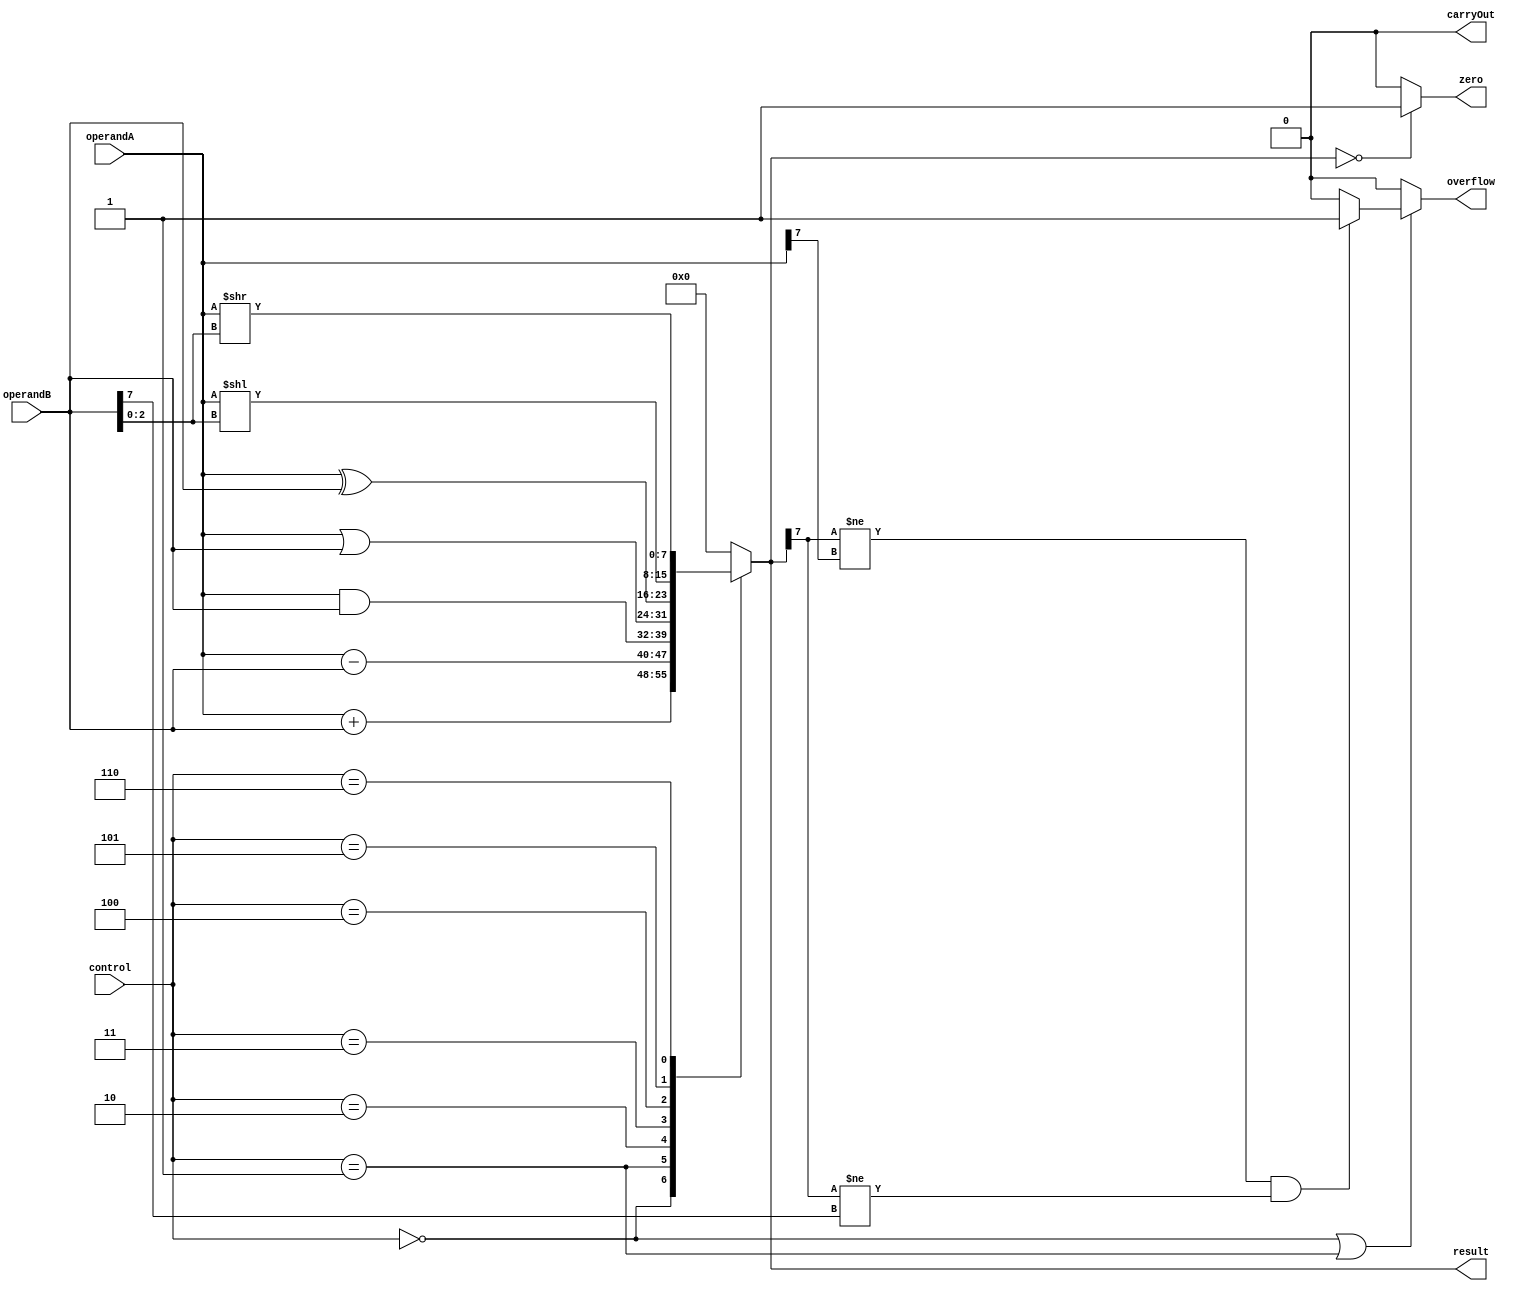
module ALU (
    input [7:0] operandA,
    input [7:0] operandB,
    input [2:0] control,
    output reg [7:0] result,
    output reg zero,
    output reg carryOut,
    output reg overflow
);

always @ (operandA or operandB or control) begin
    case (control)
        3'b000: result = operandA + operandB; // Addition
        3'b001: result = operandA - operandB; // Subtraction
        3'b010: result = operandA & operandB; // Bitwise AND
        3'b011: result = operandA | operandB; // Bitwise OR
        3'b100: result = operandA ^ operandB; // Bitwise XOR
        3'b101: result = operandA << operandB[2:0]; // Left shift
        3'b110: result = operandA >> operandB[2:0]; // Right shift
        default: result = 8'b0;
    endcase
    
    zero = (result == 8'b0) ? 1'b1 : 1'b0;
    
    if(control == 3'b000 || control == 3'b001) begin // Check for overflow and carry out for arithmetic operations
        if(result[7] != operandA[7] && result[7] != operandB[7]) begin
            overflow = 1'b1;
        end else begin
            overflow = 1'b0;
        end
        
        if(result[8] == 1) begin
            carryOut = 1'b1;
        end else begin
            carryOut = 1'b0;
        end
    end else begin
        overflow = 1'b0;
        carryOut = 1'b0;
    end
end

endmodule